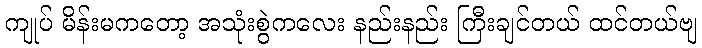
ကျုပ် မိန်းမကတော့ အသုံးစွဲကလေး နည်းနည်း ကြီးချင်တယ် ထင်တယ်ဗျ